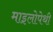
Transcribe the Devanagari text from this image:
माइलोपेथी